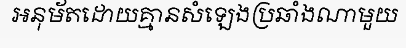
អនុម័តដោយគ្មានសំឡេងប្រឆាំងណាមួយ